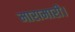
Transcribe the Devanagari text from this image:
मारामारी।